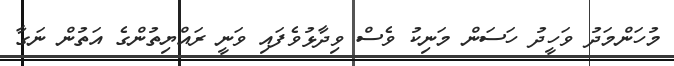
މުހަންމަދު ވަހީދު ހަސަން މަނިކު ވެސް ވިދާޅުވެފައި ވަނީ ރައްޔިތުންގެ އަތުން ނަގާ